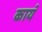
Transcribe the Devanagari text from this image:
कायॅ